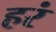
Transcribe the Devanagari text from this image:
हरं